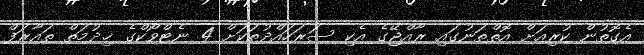
އެގޮތުން ކުރިއަށް އޮތްތަނުގައި ރާއްޖޭގެ އެކި ސަރަހައްދުތަކަށް 4 ނެޓްވޯކްގެ ޚިދުމަތް ތައާރަފް